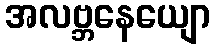
အလဗ္ဘနေယျော